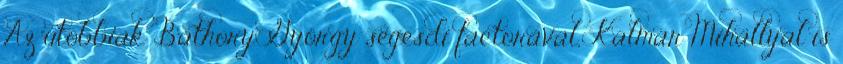
Az utóbbiak Báthory György segesdi factorával, Kalmár Mihállyal is